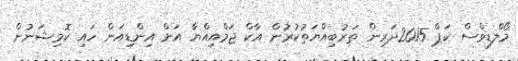
މޯލްޑިވްސް ކަޕް 2015ދަރިން ތަރުބިއްޔަތުކުރުން އާކް ޖަމްއިއްޔާ އަށް އިންޑިއަން ހައި ކޮމިިޝަނުން